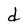
Character: d